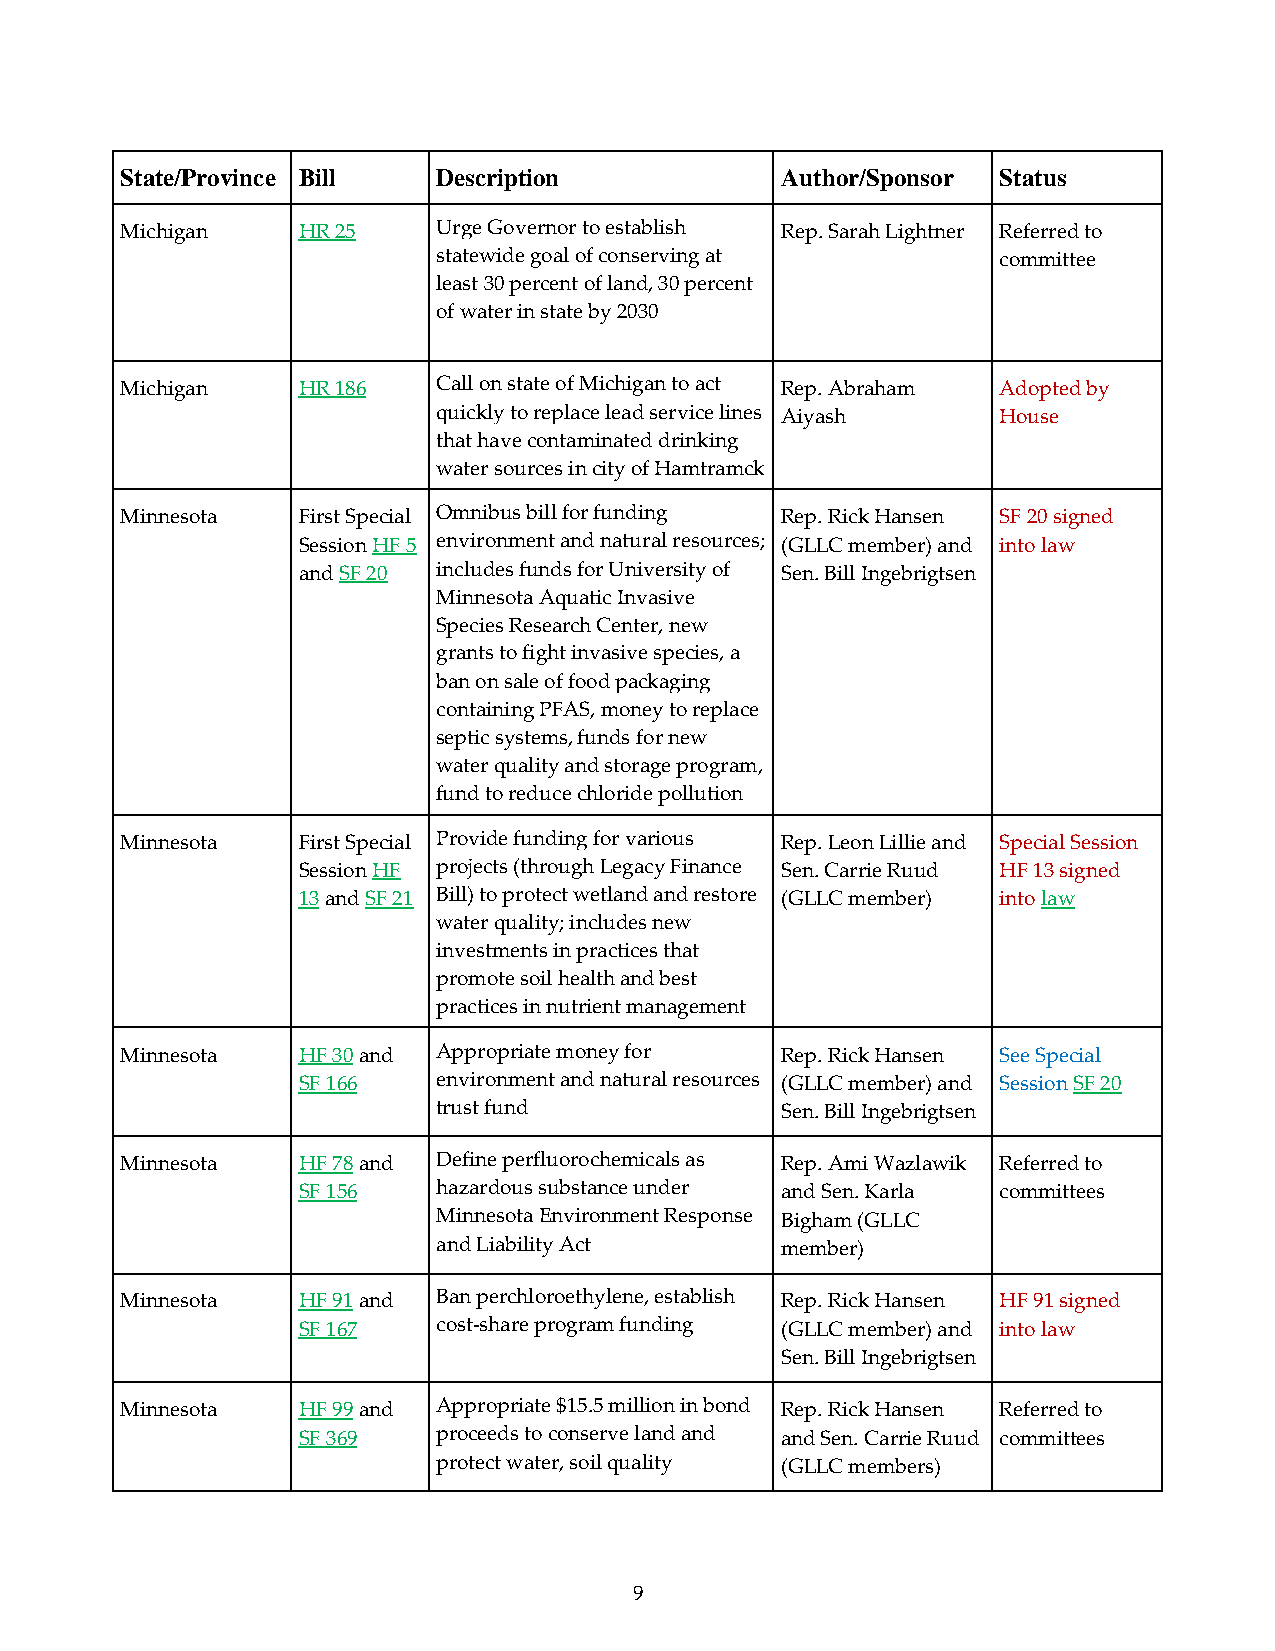
State/Province Bill  Description            Author/Sponsor Status
 Michigan    HR 25    Urge Governor to establish Rep. Sarah Lightner Referred to
 statewide goal of conserving at      committee
 least 30 percent of land, 30 percent
 of water in state by 2030
 Michigan    HR 186   Call on state of Michigan to act Rep. Abraham Adopted by
 quickly to replace lead service lines Aiyash House
 that have contaminated drinking
 water sources in city of Hamtramck
 Minnesota   First Special Omnibus bill for funding Rep. Rick Hansen SF 20 signed
 Session HF 5 environment and natural resources; (GLLC member) and into law
 and SF 20 includes funds for University of Sen. Bill Ingebrigtsen
 Minnesota Aquatic Invasive
 Species Research Center, new
 grants to fight invasive species, a
 ban on sale of food packaging
 containing PFAS, money to replace
 septic systems, funds for new
 water quality and storage program,
 fund to reduce chloride pollution
 Minnesota   First Special Provide funding for various Rep. Leon Lillie and Special Session
 Session HF projects (through Legacy Finance Sen. Carrie Ruud HF 13 signed
 13 and SF 21 Bill) to protect wetland and restore (GLLC member) into law
 water quality; includes new
 investments in practices that
 promote soil health and best
 practices in nutrient management
 Minnesota   HF 30 and Appropriate money for Rep. Rick Hansen See Special
 SF 166   environment and natural resources (GLLC member) and Session SF 20
 trust fund             Sen. Bill Ingebrigtsen
 Minnesota   HF 78 and Define perfluorochemicals as Rep. Ami Wazlawik Referred to
 SF 156   hazardous substance under and Sen. Karla committees
 Minnesota Environment Response Bigham (GLLC
 and Liability Act      member)
 Minnesota   HF 91 and Ban perchloroethylene, establish Rep. Rick Hansen HF 91 signed
 SF 167   cost-share program funding (GLLC member) and into law
 Sen. Bill Ingebrigtsen
 Minnesota   HF 99 and Appropriate $15.5 million in bond Rep. Rick Hansen Referred to
 SF 369   proceeds to conserve land and and Sen. Carrie Ruud committees
 protect water, soil quality (GLLC members)
 9